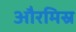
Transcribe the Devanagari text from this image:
औरमिस्र